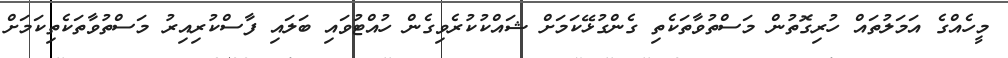
މީހެއްގެ އަމަލުތައް ހުރިގޮތުން މަސްތުވާތަކެތި ގެންގުޅޭކަމަށް ޝައްކުކުރެވިގެން ހުއްޓުވައި ބަލައި ފާސްކުރިއިރު މަސްތުވާތަކެތިކަމަށް